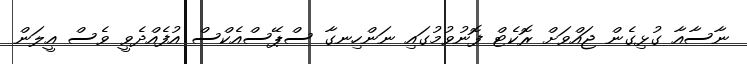
ނާސާއާ ގުޅިގެން ޖައްވަށް ރޮކެޓް ފޮނުވުމުގައި ނަންހިނގާ ސްޕޭސްއެކްސް އުފެއްދެވީ ވެސް އީލަން